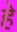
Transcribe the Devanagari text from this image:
हे